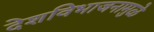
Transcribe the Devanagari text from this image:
देशविभाजनामुळे